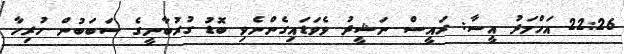
22:26 އަހްމަދު އީސާ: ރައީސް ނަޝީދު ވެވަޑައިގެންނެވި ބޮޑު ގުރުބާނީގެ ސަބަބުން ހުރިހާ